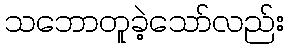
သဘောတူခဲ့သော်လည်း